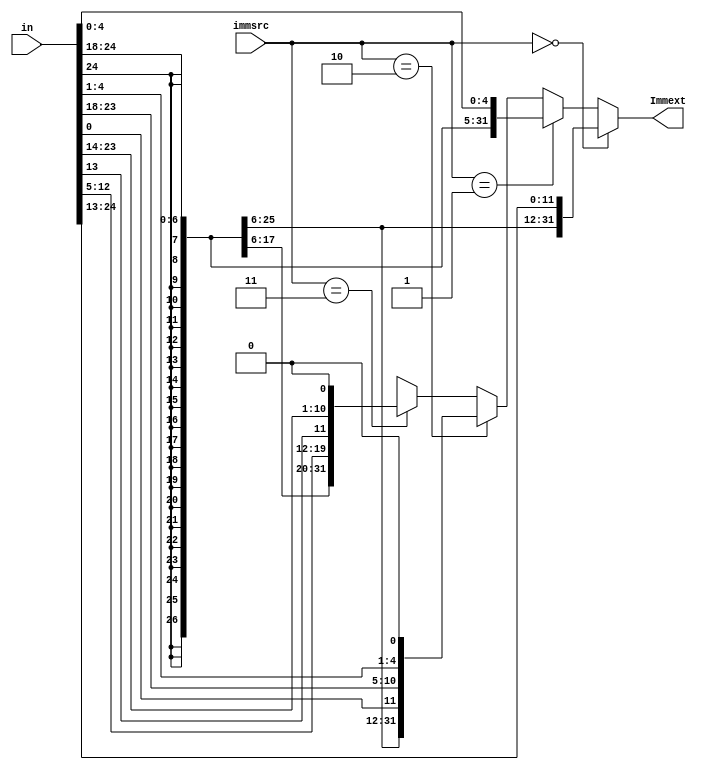
module extend(in,Immext,immsrc);
  input [31:7]in;
  input [1:0]immsrc;
  output [31:0]Immext;
 
//   assign Immext = (immsrc == 1'b1) ? ({{20{in[31]}},in[31:25],in[11:7]}):
//                                      {{20{in[31]}},in[31:20]};
  
  assign Immext = (immsrc == 2'b00) ? {{20{in[31]}}, in[31:20]} :
                  (immsrc == 2'b01) ? {{20{in[31]}}, in[31:25], in[11:7]} :
                  (immsrc == 2'b10) ? {{20{in[31]}}, in[7], in[30:25], in[11:8], 1'b0} :
                  (immsrc == 2'b11) ? {{12{in[31]}}, in[19:12], in[20], in[30:21], 1'b0} : 32'hX;

  
endmodule